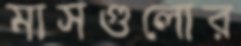
মাসগুলোর